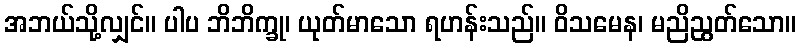
အဘယ်သို့လျှင်။ ပါပ ဘိဘိက္ခု၊ ယုတ်မာသော ရဟန်းသည်။ ဝိသမေန၊ မညိညွတ်သော။